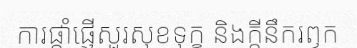
ការផ្តាំផ្ញើសួរសុខទុក្ខ និងក្តីនឹករឭក